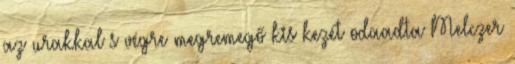
az urakkal s végre megremegő kis kezét odaadta Melczer